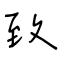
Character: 致